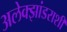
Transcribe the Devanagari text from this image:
अलेक्झांडराशी